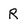
Character: R